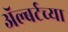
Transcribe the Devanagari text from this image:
ॲल्बर्टच्या